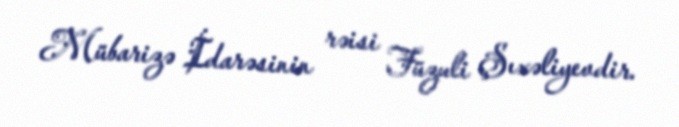
Mübarizə İdarəsinin rəisi Füzuli Şıxəliyevdir.